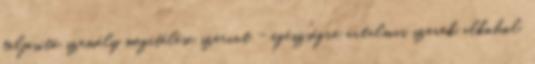
teljesítő személy megítélése szerint - egészségre ártalmas szerek alkohol,